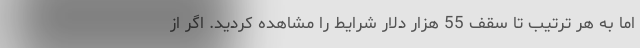
اما به هر ترتیب تا سقف 55 هزار دلار شرایط را مشاهده کردید. اگر از